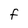
Character: F